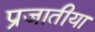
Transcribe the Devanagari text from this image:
प्रजातीया